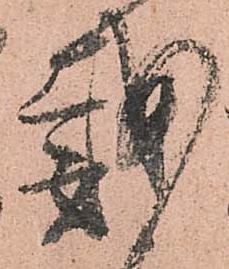
戴